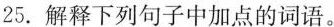
25.解释下列句子中加点的词语。